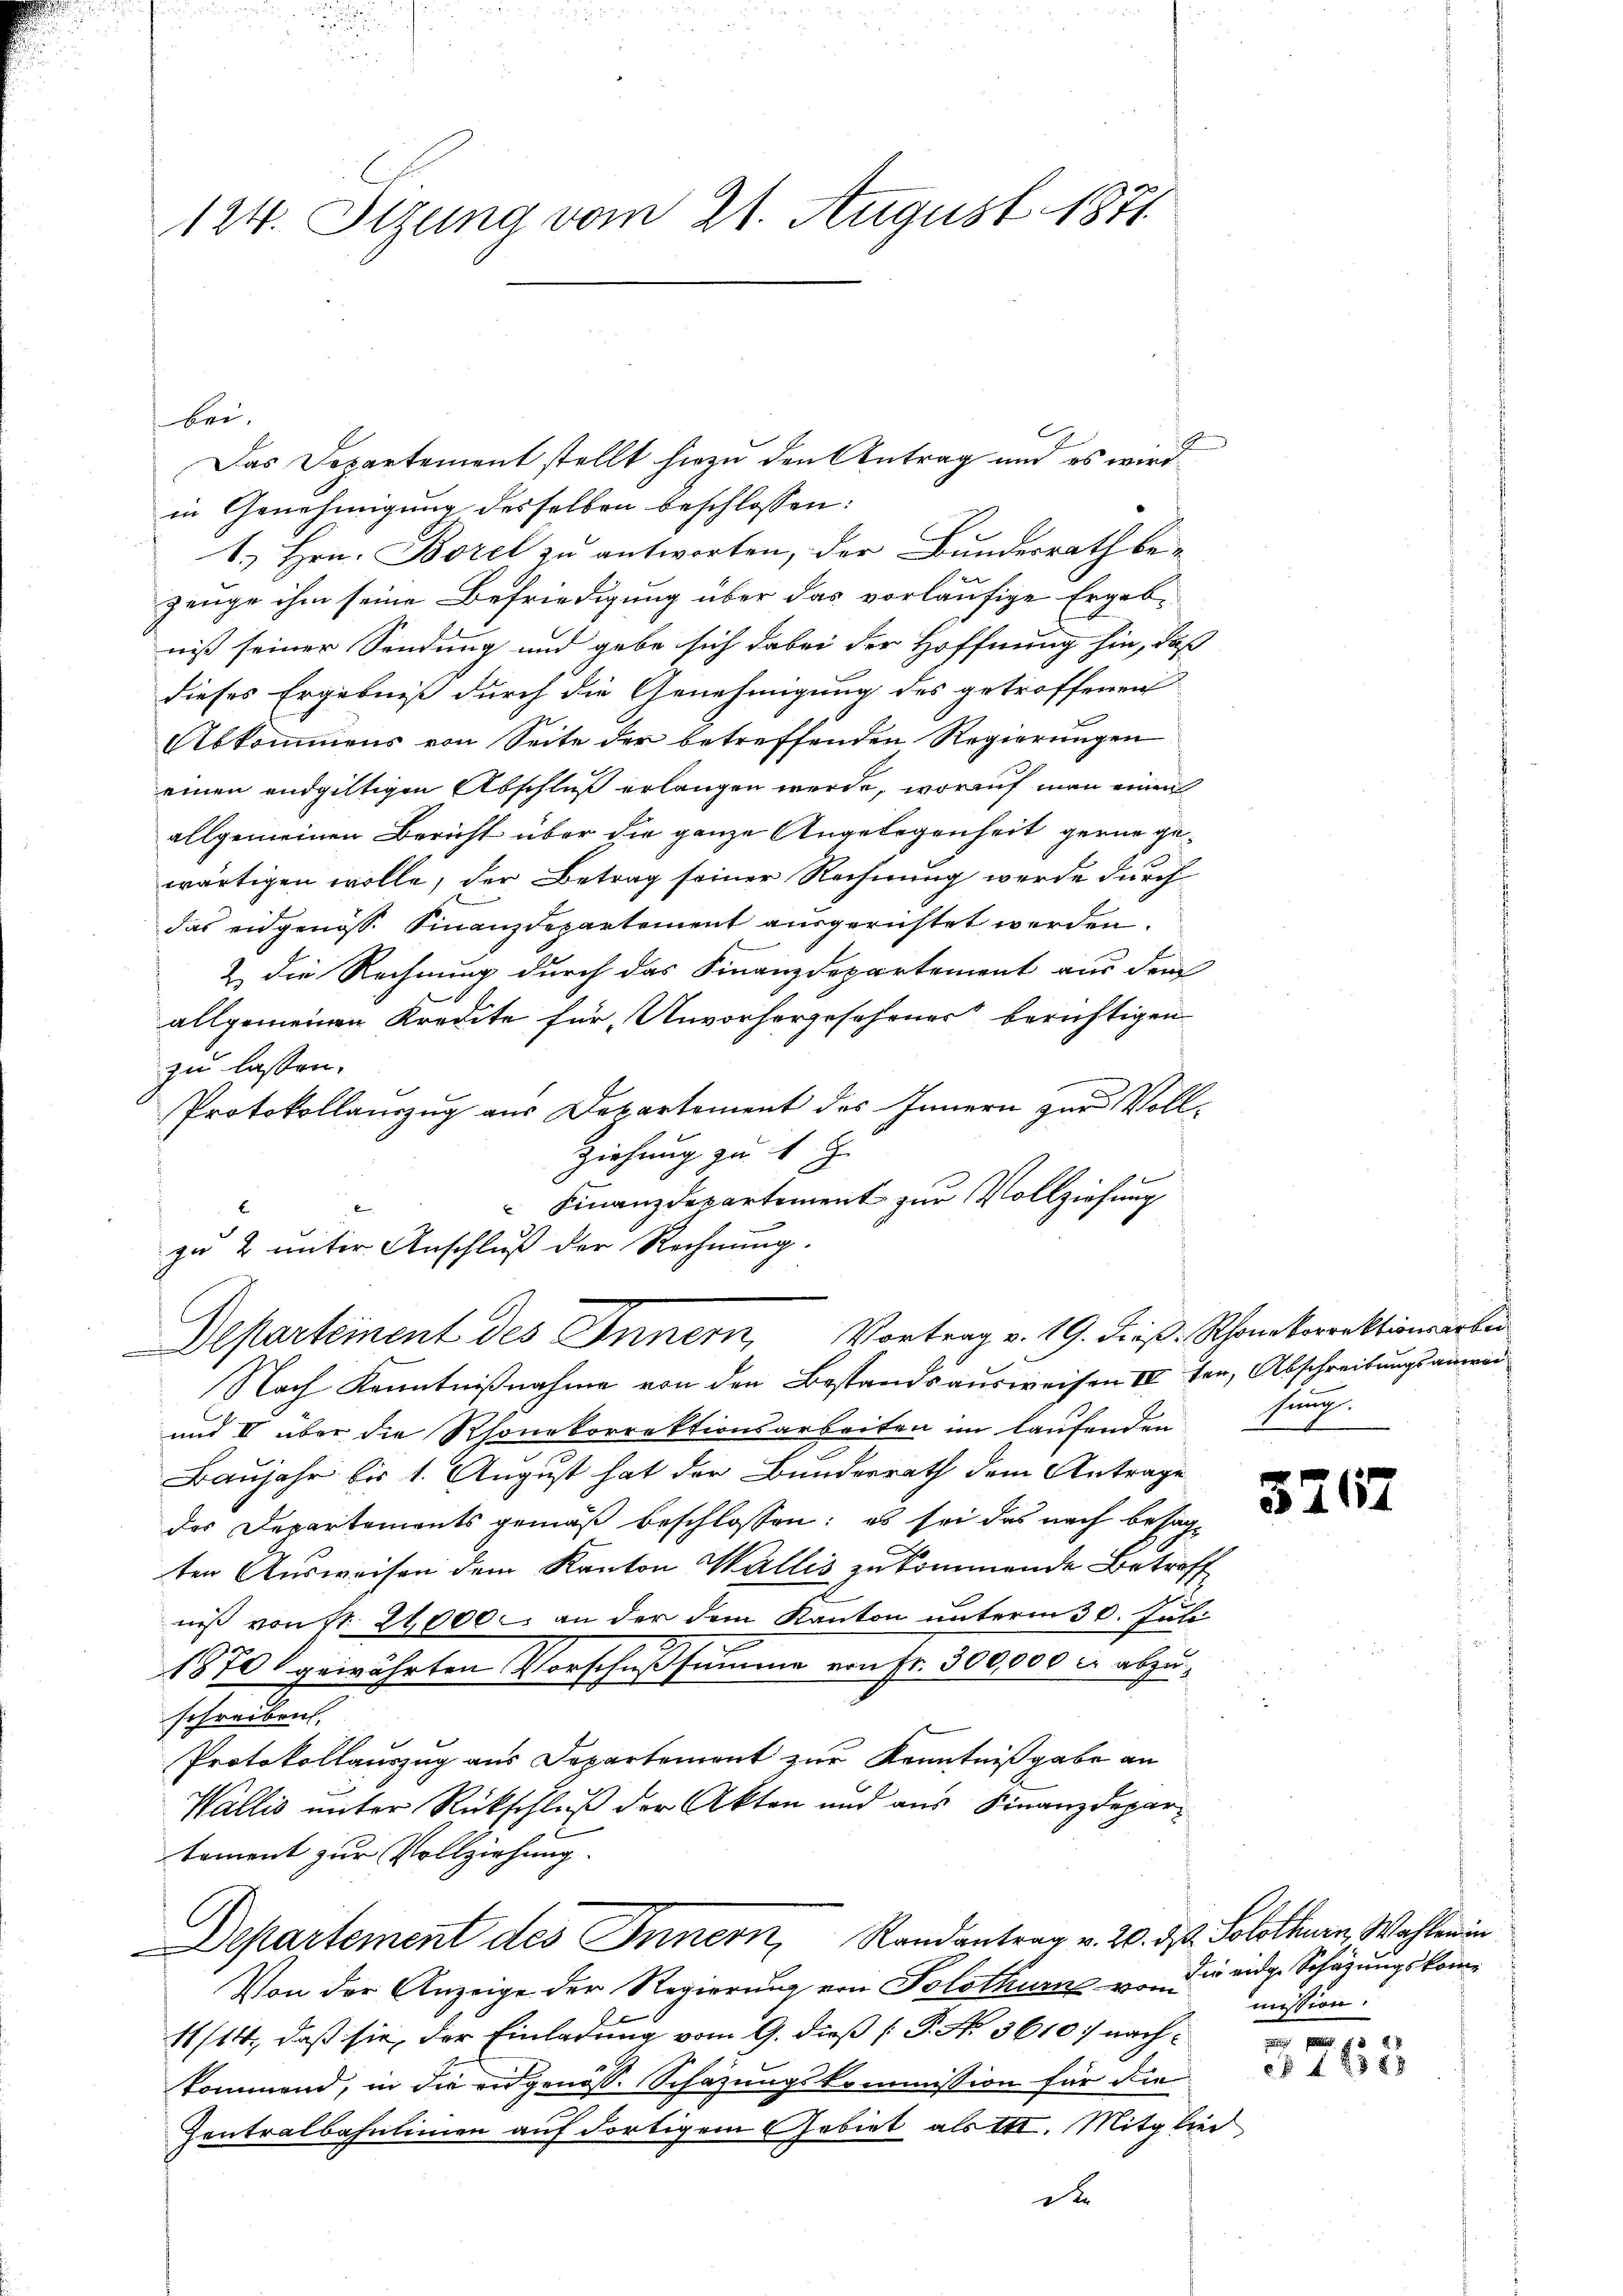
124. Sizung vom 21. August 1871

bei.
C
Das Departement stellt hiezu den Antrag und es wird
in Genehmigung desselben beschlossen:
1. Hrn. Borel zu antworten, der Bundesrath be-
zeuge ihm seine Befriedigung über das vorläufige Ergeb-
niß seiner Sendung und gebe sich dabei der Hoffnung hin, daß
dieses Ergebniß durch die Genehmigung des getroffenen
Abkommens von Seite der betreffenden Regierungen
einen endgültigen Abschluß erlangen werde, worauf man einen
allgemeinen Bericht über die ganze Angelegenheit gerne gewärtigen wolle, der Betrag seiner Rechnung werde durch
das eidgenöss. Finanzdepartement ausgerichtet werden.
& die Rechnung durch das Finanzdepartement aus dem
allgemeinen Kredite für Unvorhergesehener beruftigen
zu lassen.
Protokollauszug aus Departement des Innern zur Vollziehung zu 1 J
 Finanzdepartement zur Vollziehung
zu 2 unter Anschluß der Rechnung.
Departement des Innern, Vortrag v. 19. dieß. Schonetorrektionirter
Nach Kenntnißnahme von den Bestandsausweisen III ter, Abschreibungsanwei
und II über die Rhonekorrektionsarbeiten im laufenden fung.
Baujahr bis 1. August hat der Bunderrath dem Antrage
das Departements gemäß beschlossen: es sei das nach besagten Ausweisen dem Kanton Wallis zukommende Betreff
niß von St. 24,000 an der dem Kanton unterm 30. Juli
1870 gewährten Vorschußsumme von Fr. 300,000 c. abzuschreibrich,
Protokollauszug aus Departement zur Kenntnißgabe an
Wallis unter Rückschluß der Akten und aus Finanzdepartoment zur Vollziehung.
C
Departement des Innern, Randantrag v. 20. ds. Solothurn, Wahlen in
Von der Anzeige der Regierung von Solothurn von die eidge Schazungskom¬
11/14., daß sie, der Einladung vom 9. dieß [P. No. 36107 nachkommend, in die eidgenoss. Schazungskommission für die
Zentralbahnlinien auf dortigem Gebiet als III. Mitglied
de

3267

mission.

c 1288